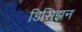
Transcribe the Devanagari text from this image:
डिसिझ़न